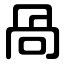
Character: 咼